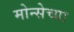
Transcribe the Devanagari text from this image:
मोन्सेच्या